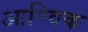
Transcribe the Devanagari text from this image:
आण्‍विक